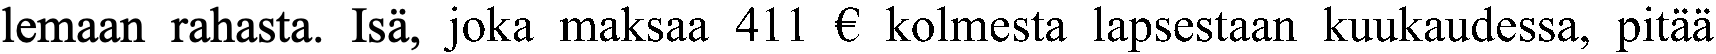
lemaan rahasta. Isä, joka maksaa 411 € kolmesta lapsestaan kuukaudessa, pitää